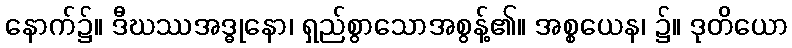
နောက်၌။ ဒီဃဿအဒ္ဓုနော၊ ရှည်စွာသောအစွန့်၏။ အစ္စယေန၊ ၌။ ဒုတိယော